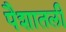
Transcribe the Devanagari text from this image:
पैशातली